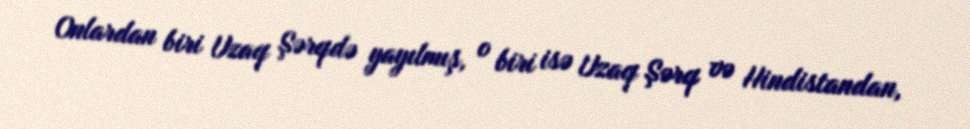
Onlardan biri Uzaq Şərqdə yayılmış, o biri isə Uzaq Şərq və Hindistandan,